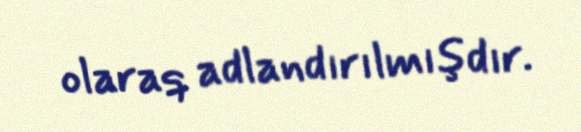
olaraq adlandırılmışdır.